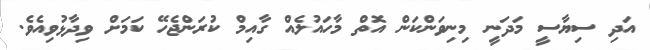
އަދި ސިޔާސީ މަދަނީ މިނިވަންކަން އޮތް މާހައުލެއް ގާއިމް ކުރަންޖެހޭ ކަމަށް ވިދާޅުވިއެވެ.